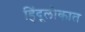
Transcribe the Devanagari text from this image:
हिंदूलोकात